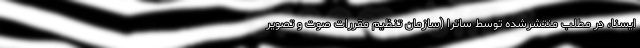
ایسنا، در مطلب منتشرشده توسط ساترا (سازمان تنظیم مقررات صوت و تصویر